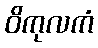
ဝိကုလကံ